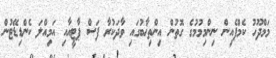
މަމްދޫހު ކެމްޕެއިން ނިންމިމުމުގެ ގޮތުން އިންތިޚާބުގައި ވާދަކުރާ ފަސް ޕާޓީއާއި އަމިއްލަ ކެންޑިޑޭޓުން